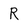
Character: R